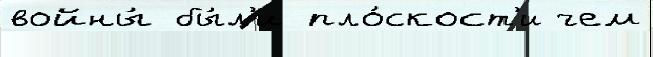
войны́ бы́л'и пло́скост'и чем